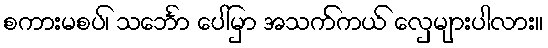
စကားမစပ်၊ သင်္ဘော ပေါ်မှာ အသက်ကယ် လှေများပါလား။